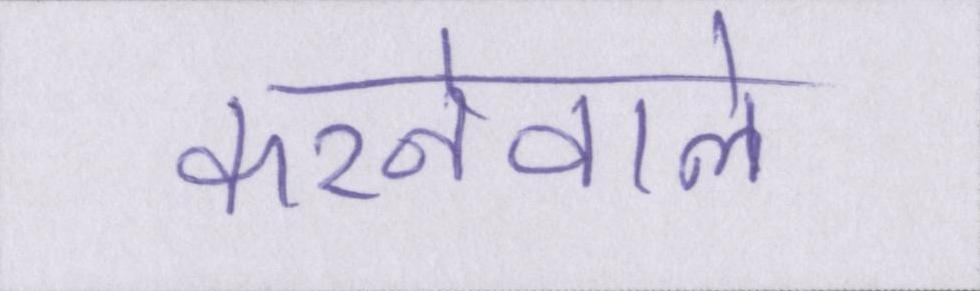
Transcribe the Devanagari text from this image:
करनेवाले